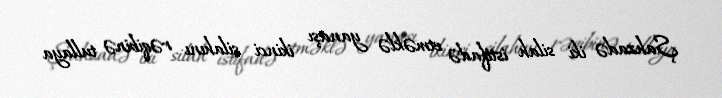
Şahzadə iki silah istifadə etməklə yanaşı ikinci silahını rəqibinə tullaya